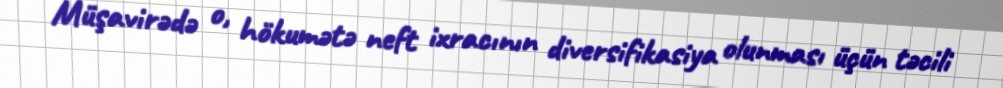
Müşavirədə o, hökumətə neft ixracının diversifikasiya olunması üçün təcili